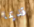
قديما